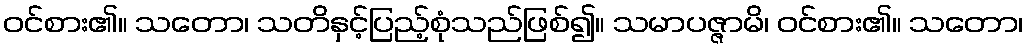
ဝင်စား၏။ သတော၊ သတိနှင့်ပြည့်စုံသည်ဖြစ်၍။ သမာပဇ္ဇာမိ၊ ဝင်စား၏။ သတော၊